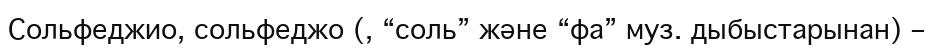
Сольфеджио, сольфеджо (, “соль” және “фа” муз. дыбыстарынан) –